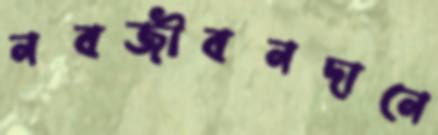
নবজীবনদানে